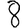
Digit: 8